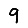
Digit: 9